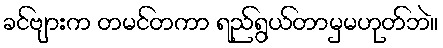
ခင်ဗျားက တမင်တကာ ရည်ရွယ်တာမှမဟုတ်ဘဲ။